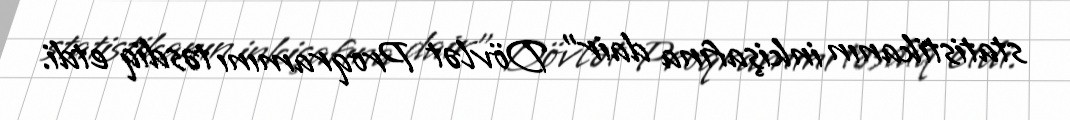
statistikanın inkişafına dair" Dövlət Proqramını təsdiq etdi.